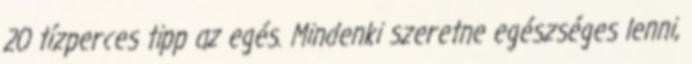
20 tízperces tipp az egés. Mindenki szeretne egészséges lenni,